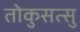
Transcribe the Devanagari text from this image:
तोकुसत्सु